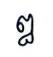
ឰ